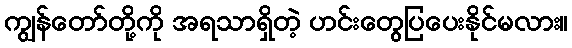
ကျွန်တော်တို့ကို အရသာရှိတဲ့ ဟင်းတွေပြပေးနိုင်မလား။